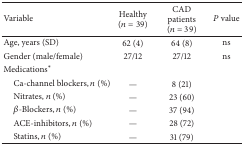
| Variable | Healthy (n = 39) | CAD patients (n = 39) | P value |
 | --- | --- | --- | --- |
 | Age, years (SD) | 62 (4) | 64 (8) | ns |
 | Gender (male/female) | 27/12 | 27/12 | ns |
 | Medications* |  |  |  |
 | Ca-channel blockers, n (%) | — | 8 (21) |  |
 | Nitrates, n (%) | — | 23 (60) |  |
 | β-Blockers, n (%) | — | 37 (94) |  |
 | ACE-inhibitors, n (%) | — | 28 (72) |  |
 | Statins, n (%) | — | 31 (79) |  |